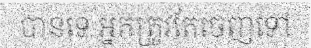
បានទេ អ្នកត្រូវតែចេញទៅ